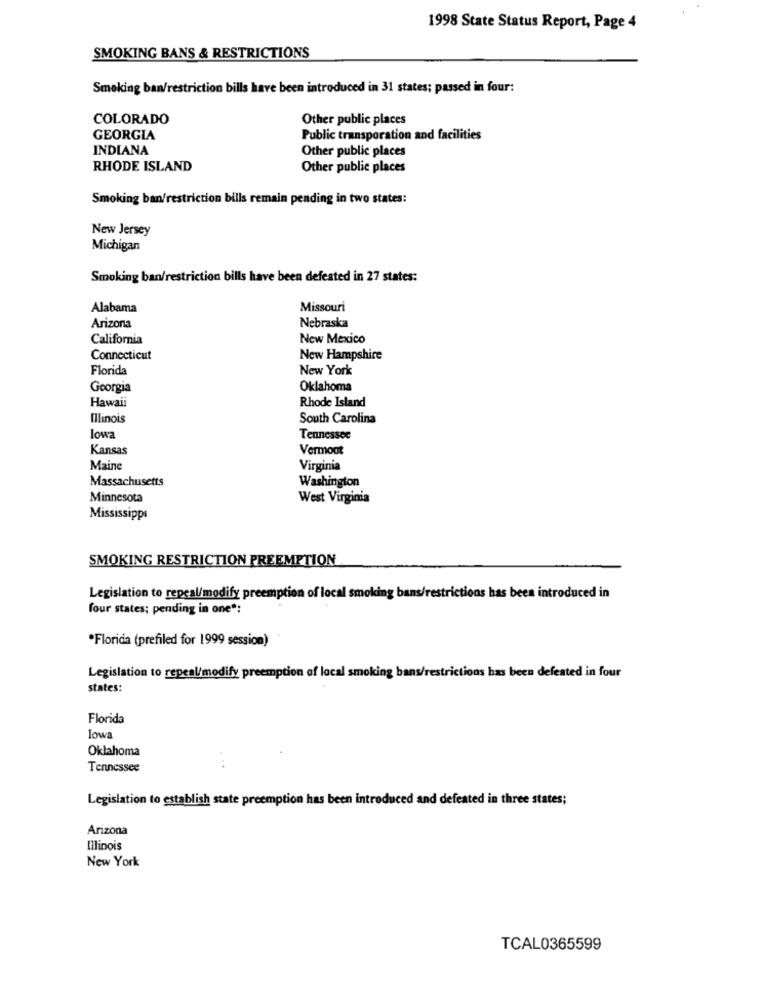
1998 State Status Report, Page 4
SMOKING BANS & RESTRICTIONS
Smoking ban/restriction bills have been introduced in 31 states; passed in four:
COLORADO
Other public places
GEORGIA
Public transporation and facilities
INDIANA
Other public places
RHODE ISLAND
Other public places
Smoking ban/restriction bills remain pending in two states:
New Jersey
Michigan
Smoking ban/restriction bills have been defeated in 27 states:
Alabama
Missouri
Arizona
Nebraska
California
New Mexico
Connecticut
New Hampshire
Florida
New York
Georgia
Oklahoma
Hawaii
Rhode Island
Illinois
South Carolina
lowa
Tennessee
Kansas
Vermont
Maine
Virginia
Massachusetts
Washington
Minnesota
West Virginia
Mississippi
SMOKING RESTRICTION PREEMPTION
Legislation to repeal/modify preemption of local smoking bans/restrictions has been introduced in
four states; pending in one":
*Florida (prefiled for 1999 session)
Legislation to repeal/modify preemption of local smoking bans/restrictions has been defeated in four
states:
Florida
lowa
Oklahoma
. ..
Tennessee
Legislation to establish state preemption has been introduced and defeated in three states;
Arizona
Illinois
New York
TCAL0365599